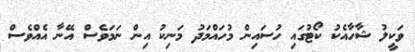
ވަކީލު ޝާހާއެކު ކޯޓުގައި ހުސައިން މުހައްމަދު މަނިކު އިން ނަމަވެސް އޭނާ އެއްވެސް